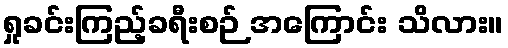
ရှုခင်းကြည့်ခရီးစဉ် အကြောင်း သိလား။